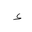
Letter: _hamza